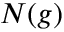
N ( g )